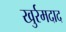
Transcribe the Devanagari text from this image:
खुर्रमदाद